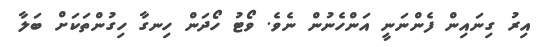
އިރު ގިނައިން ފެންނަނީ އަންހެނުން ނެވެ. ވޯޓު ހޯދަން ހިނގާ ހިގުންތަކަށް ބަލާ